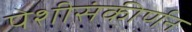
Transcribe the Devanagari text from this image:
पेशीसंकीर्णन